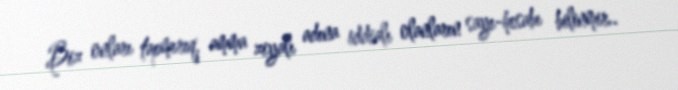
Biz onları tapmırıq, amma ziyalı adına iddialı olanların sayı-hesabı bilinmir..